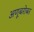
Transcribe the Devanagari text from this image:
अणूबरोबर